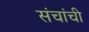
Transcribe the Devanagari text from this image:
संचांची